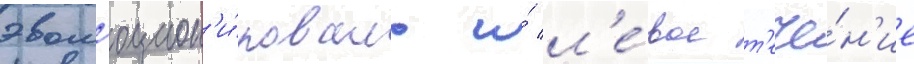
эвол'юцион'и́ровало и́ л'е́вое т'ече́н'ие